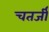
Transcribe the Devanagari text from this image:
चतर्जी